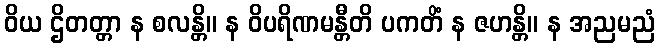
ဝိယ ဌိတတ္တာ န စလန္တိ။ န ဝိပရိဏမန္တီတိ ပကတိံ န ဇဟန္တိ။ န အညမညံ